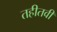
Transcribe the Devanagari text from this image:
तहीतवी